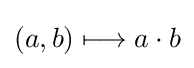
(a,b)\longmapsto a\cdot b